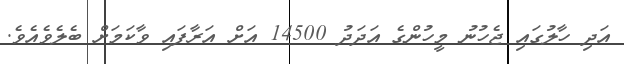
އަދި ހާލުގައި ޖެހުނު މީހުންގެ އަދަދު 14500 އަށް އަރާފައި ވާކަމަށް ބެލެވެއެވެ.